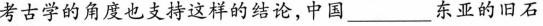
考古学的角度也支持这样的结论，中国___东亚的旧石